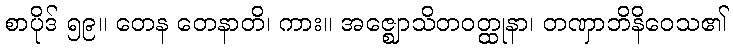
စာပိုဒ် ၅၉။ တေန တေနာတိ၊ ကား။ အဇ္ဈောသိတဝတ္ထုနာ၊ တဏှာဘိနိဝေသ၏